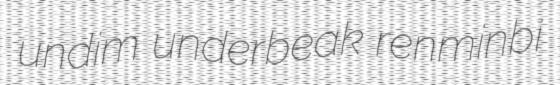
undim underbeak renminbi